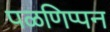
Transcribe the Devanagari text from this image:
पळणिप्पन